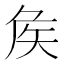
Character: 矦